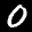
Label: 0